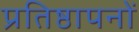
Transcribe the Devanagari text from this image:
प्रतिष्ठापनों